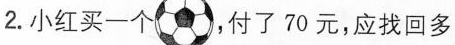
2.小红买一个 ，付了70元，应找回多